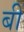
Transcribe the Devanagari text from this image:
बीं